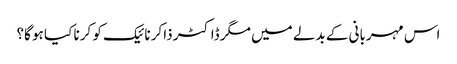
اس مہربانی کے بدلے میں مگر ڈاکٹر ذاکر نائیک کو کرنا کیا ہو گا؟